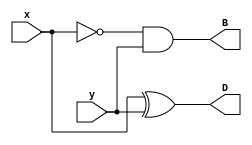
module Lab2_half_sub_gate_level(output D, B, input x, y);

wire w1;
xor(D,x,y);
not(w1,x);
and(B,w1,y);
endmodule